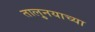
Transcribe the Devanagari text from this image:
तालु्नयाच्या